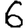
Digit: 6